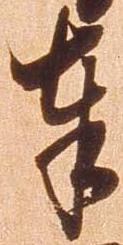
奉